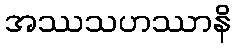
အဿသဟဿာနိ